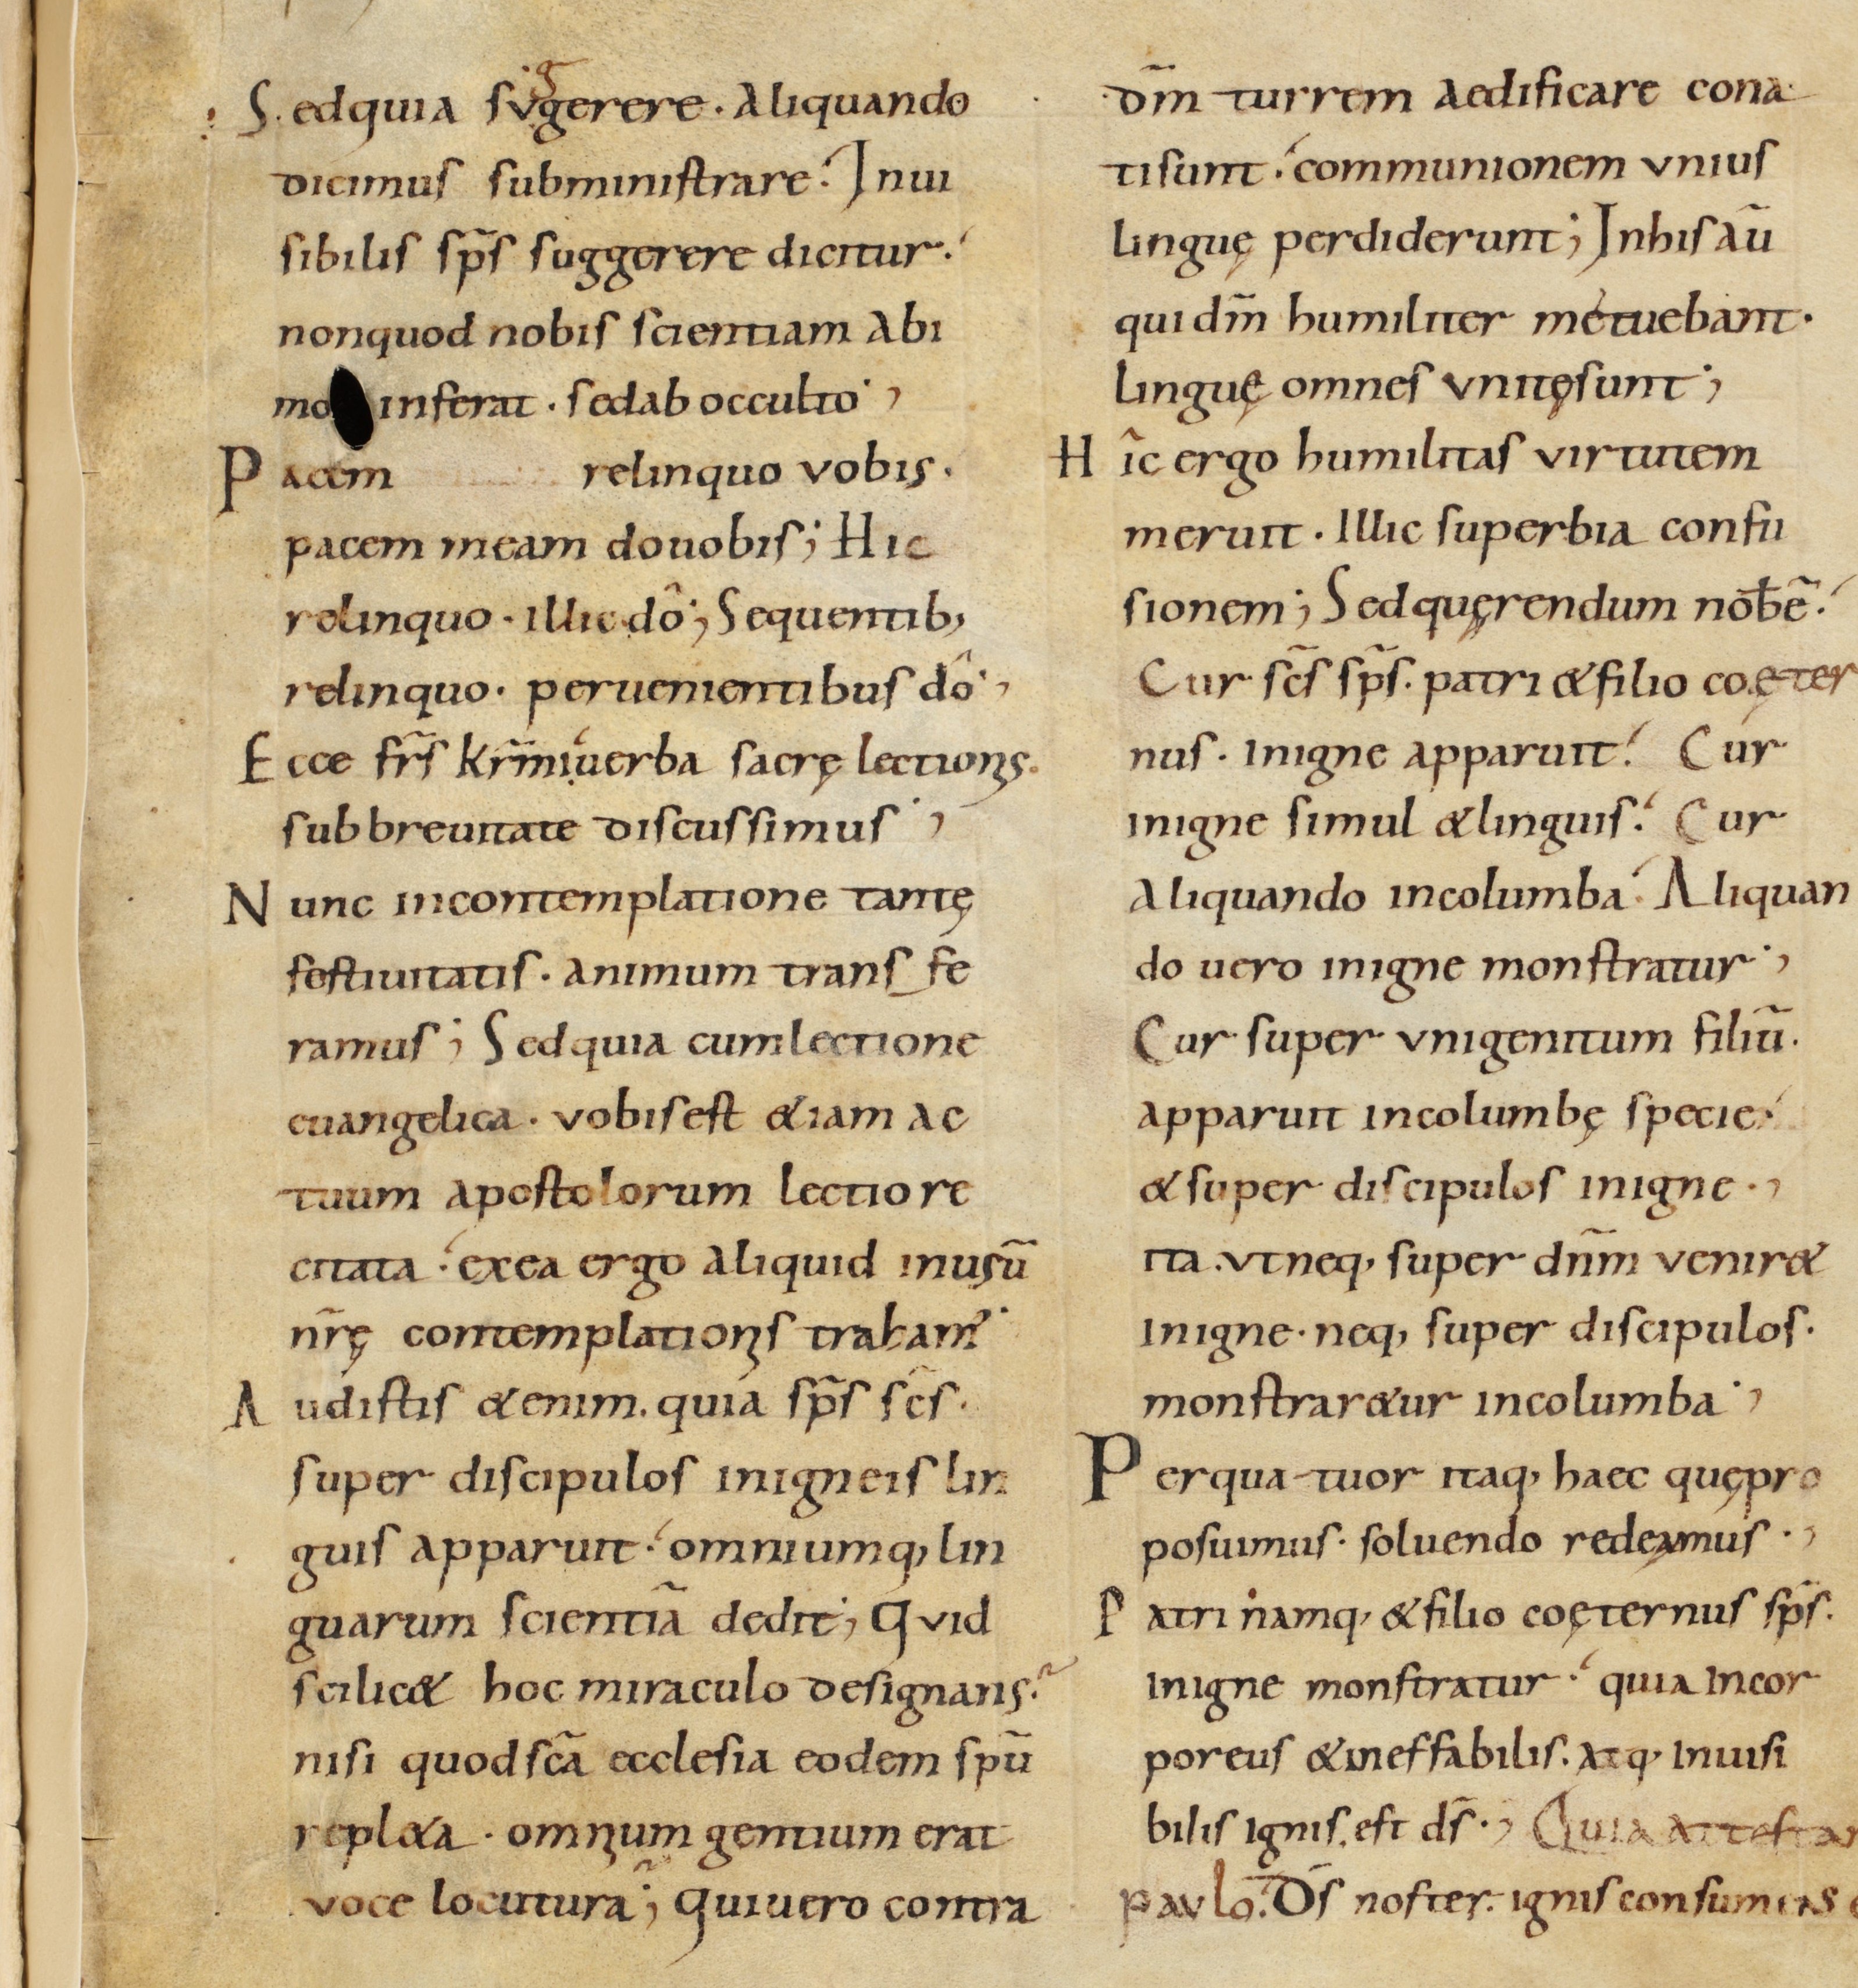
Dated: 900–930